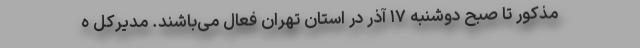
مذکور تا صبح دوشنبه ۱۷ آذر در استان تهران فعال می‌باشند. مدیرکل ه